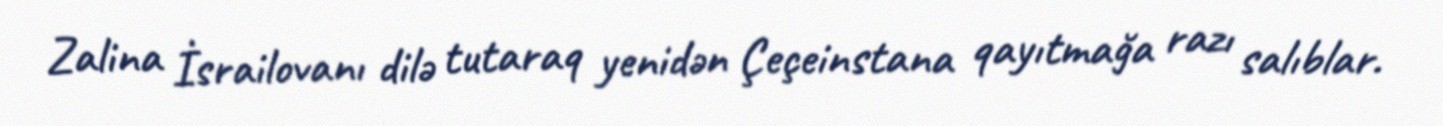
Zalina İsrailovanı dilə tutaraq yenidən Çeçeinstana qayıtmağa razı salıblar.